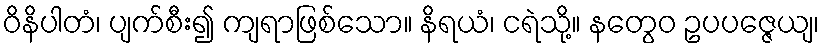
ဝိနိပါတံ၊ ပျက်စီး၍ ကျရာဖြစ်သော။ နိရယံ၊ ငရဲသို့။ နတွေဝ ဥပပဇ္ဇေယျ၊